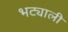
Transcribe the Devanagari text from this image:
भट्याली